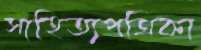
সাহিত্যপত্রিকা